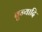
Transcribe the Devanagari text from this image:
बुन्यादि